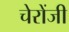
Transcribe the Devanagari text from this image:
चेरोंजी